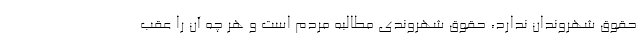
حقوق شهروندان ندارد، حقوق شهروندی مطالبه مردم است و هر چه آن را عقب